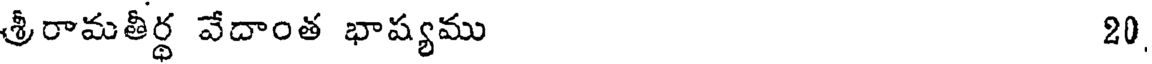
శ్రీరామతీర్థ వేదాంత భాష్యము 20